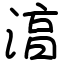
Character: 湻